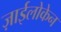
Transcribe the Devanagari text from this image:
ज़ाईलोकेन